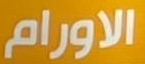
الاورام